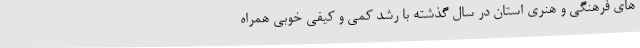
های فرهنگی و هنری استان در سال گذشته با رشد کمی و کیفی خوبی همراه